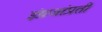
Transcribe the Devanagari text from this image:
इंग्रजांप्रती